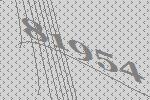
81954